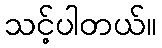
သင့်ပါတယ်။